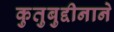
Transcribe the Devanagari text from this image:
कुतुबुद्दीनाने